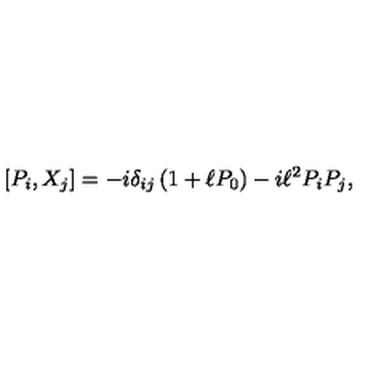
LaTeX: [ P _ { i } , { X } _ { j } ] = - i \delta _ { i j } \left( 1 + \ell P _ { 0 } \right) - i \ell ^ { 2 } P _ { i } P _ { j } ,